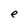
Character: e